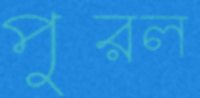
পুরল